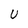
Character: U